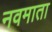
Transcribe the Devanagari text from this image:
नवमाता